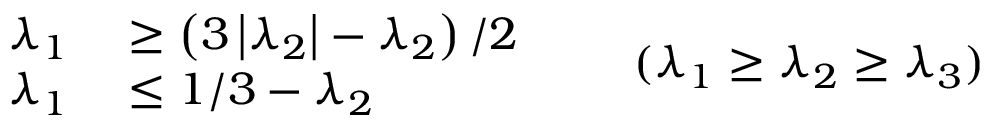
\begin{array} { r l } { \lambda _ { 1 } } & { { } \geq \left( 3 \left| \lambda _ { 2 } \right| - \lambda _ { 2 } \right) / 2 } \\ { \quad \lambda _ { 1 } } & { { } \leq 1 / 3 - \lambda _ { 2 } } \end{array} \qquad ( \lambda _ { 1 } \geq \lambda _ { 2 } \geq \lambda _ { 3 } )